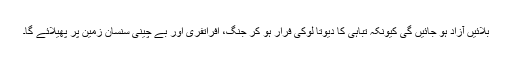
بلائیں آزاد ہو جائیں گی کیونکہ تباہی کا دیوتا لوکی فرار ہو کر جنگ، افراتفری اور بے چینی سنسان زمین پر پھیلائے گا۔